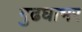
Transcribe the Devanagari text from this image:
गुढघाभर